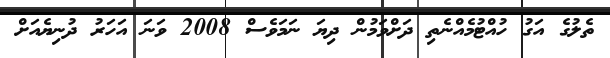
ތެލުގެ އަގު ހުއްޓުމެއްނެތި ދަށްވަމުން ދިޔަ ނަމަވެސް 2008 ވަނަ އަހަރު ދުނިޔެއަށް